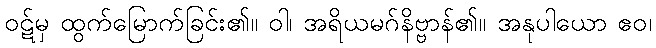
ဝဋ်မှ ထွက်မြောက်ခြင်း၏။ ဝါ၊ အရိယမဂ်နိဗ္ဗာန်၏။ အနုပါယော ဧဝ၊